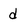
Character: d